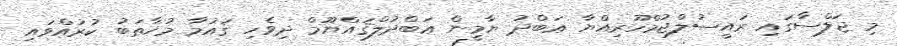
މި ޖަލްސާގައި ރައީސުލްޖުމްހޫރިއްޔާ ޢަބްދު ޔާމީން ޢަބްދުލްޤައްޔޫމް ދިވެހި ޤައުމާ މުޚާޠަބު ކުރައްވައި